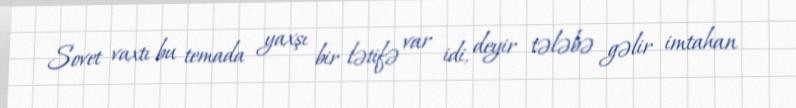
Sovet vaxtı bu temada yaxşı bir lətifə var idi, deyir tələbə gəlir imtahan